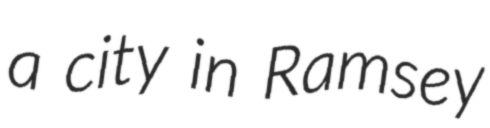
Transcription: a city in Ramsey